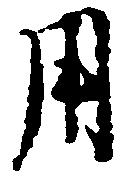
用